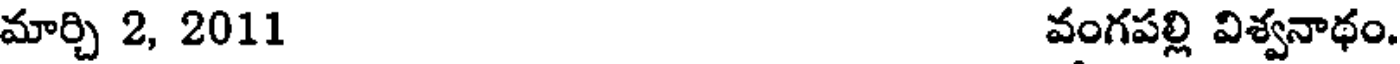
మార్చి 2, 2011 వంగపల్లి విశ్వనాథం.